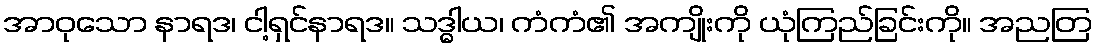
အာဝုသော နာရဒ၊ ငါ့ရှင်နာရဒ။ သဒ္ဓါယ၊ ကံကံ၏ အကျိုးကို ယုံကြည်ခြင်းကို။ အညတြ